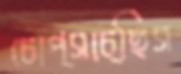
চোপ্‌সাচ্ছিস